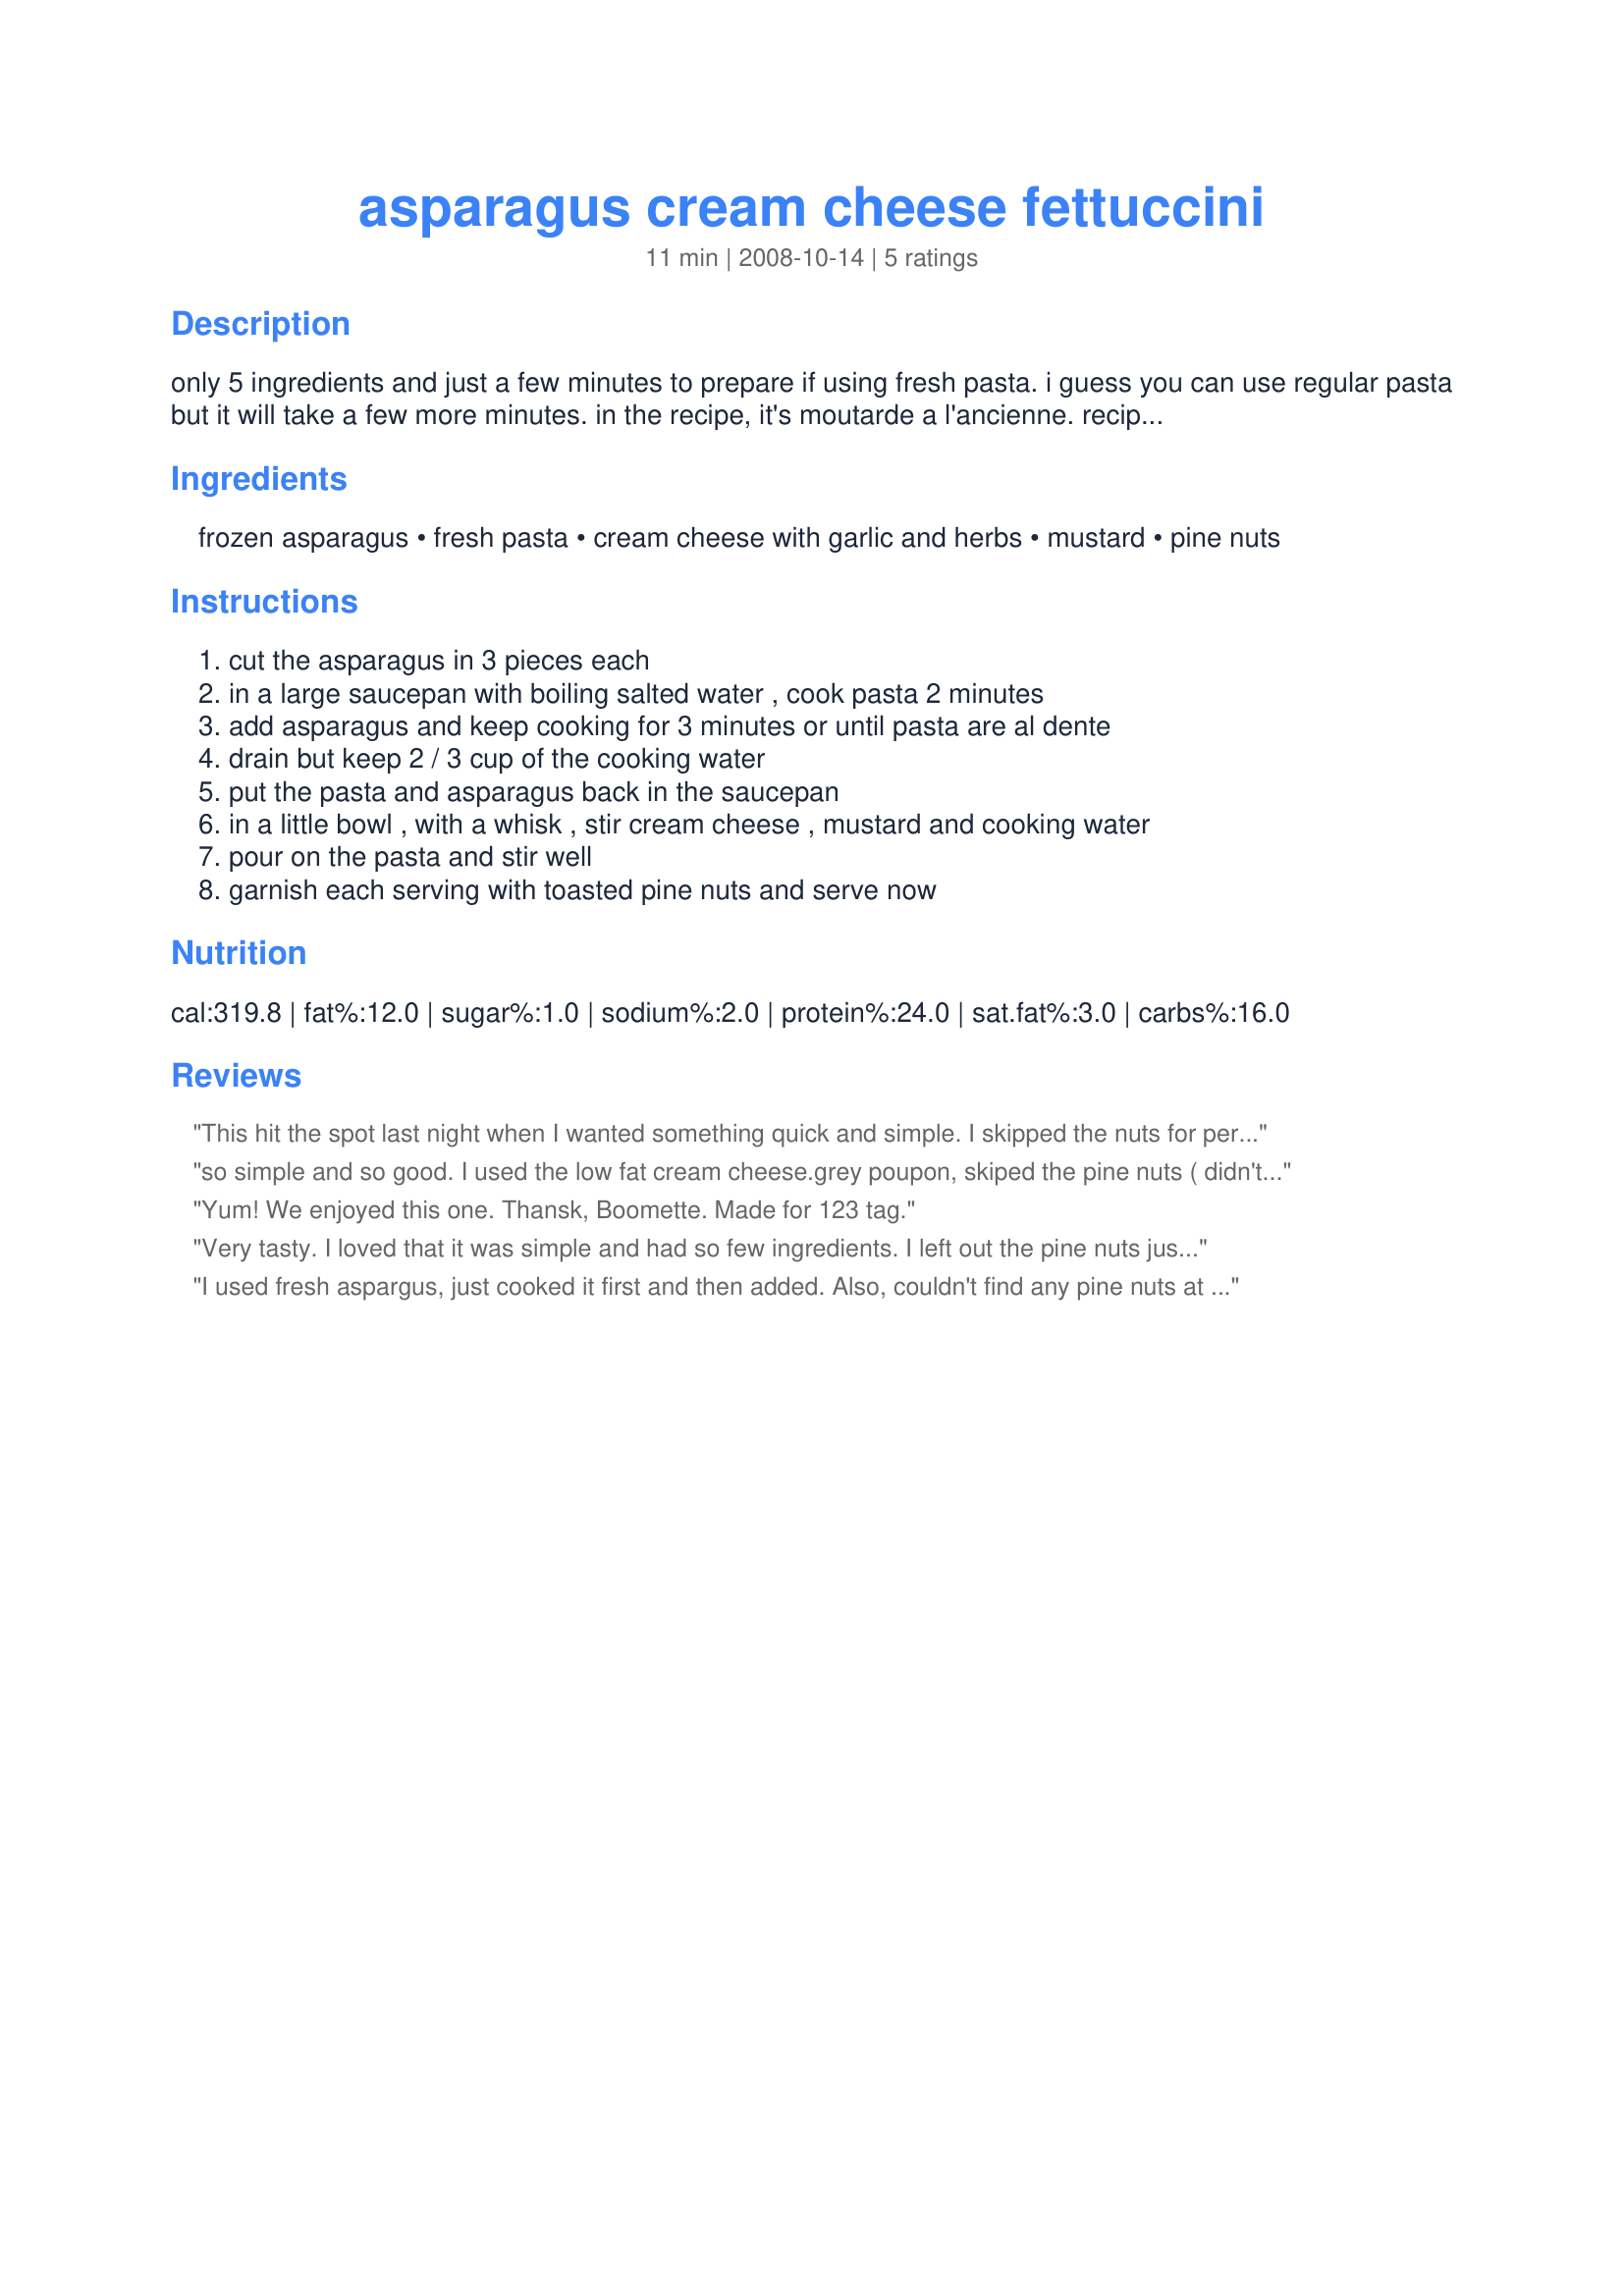
asparagus cream cheese fettuccini
Preparation time: 11 minutes

only 5 ingredients and just a few minutes to prepare if using fresh pasta. i guess you can use regular pasta but it will take a few more minutes. in the recipe, it's moutarde a l'ancienne. recipezaar can't find that. ancienne means old. so i wrote old mustard. the brand maille has this mustard.

Ingredients:
frozen asparagus, fresh pasta, cream cheese with garlic and herbs, mustard, pine nuts

Steps:
cut the asparagus in 3 pieces each, in a large saucepan with boiling salted water , cook pasta 2 minutes, add asparagus and keep cooking for 3 minutes or until pasta are al dente, drain but keep 2 / 3 cup of the cooking water, put the pasta and asparagus back in the saucepan, in a little bowl , with a whisk , stir cream cheese , mustard and cooking water, pour on the pasta and stir well, garnish each serving with toasted pine nuts and serve now

Reviews:
This hit the spot last night when I wanted something quick and simple. I skipped the nuts for personal preference. My very first thought was "humm, oh well" but by the third or forth bite the clean simple flavors of the fresh asparagus that I used, the richness of the cream cheese (low-fat) and the taste of the very good quality pasta it's self had won me over and I enjoyed the rest of my dinner. I would make this again but I *might* try it without the mustard for comparisons sake.
so simple and so good. I used the low fat cream cheese.grey poupon, skiped the pine nuts ( didn't have any) and it was a great dish. I'll post a picture later. Made for newest tag.
Yum! We enjoyed this one. Thansk, Boomette. Made for 123 tag.
Very tasty. I loved that it was simple and had so few ingredients. I left out the pine nuts just for personal preference but otherwise made as directed. I halved the recipe for just the two of us and it worked nicely. Thanks so much for sharing this recipe! Made for Photo Tag.
I used fresh aspargus, just cooked it first and then added. Also, couldn't find any pine nuts at the supermarket, but they sound like a good addition. Easy and quick to put together.
